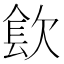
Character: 𰙓